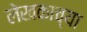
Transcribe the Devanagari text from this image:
लेखकाच्‍या